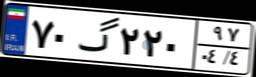
۷۰گ۲۲۰۹۷